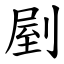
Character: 剭